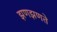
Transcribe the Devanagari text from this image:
झणझणते